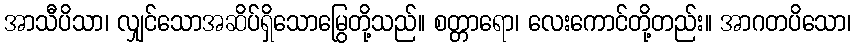
အာသီပိသာ၊ လျှင်သောအဆိပ်ရှိသောမြွေတို့သည်။ စတ္တာရော၊ လေးကောင်တို့တည်း။ အာဂတပိသော၊